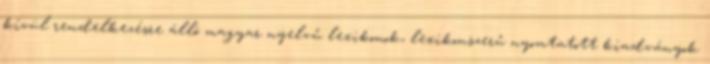
kívül rendelkezésre álló magyar nyelvű lexikonok, lexikonszerű nyomtatott kiadványok